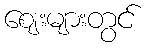
ဈေးများတွင်